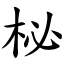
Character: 柲